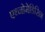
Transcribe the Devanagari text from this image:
एथ्नोमेडिसिन